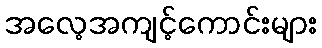
အလေ့အကျင့်ကောင်းများ